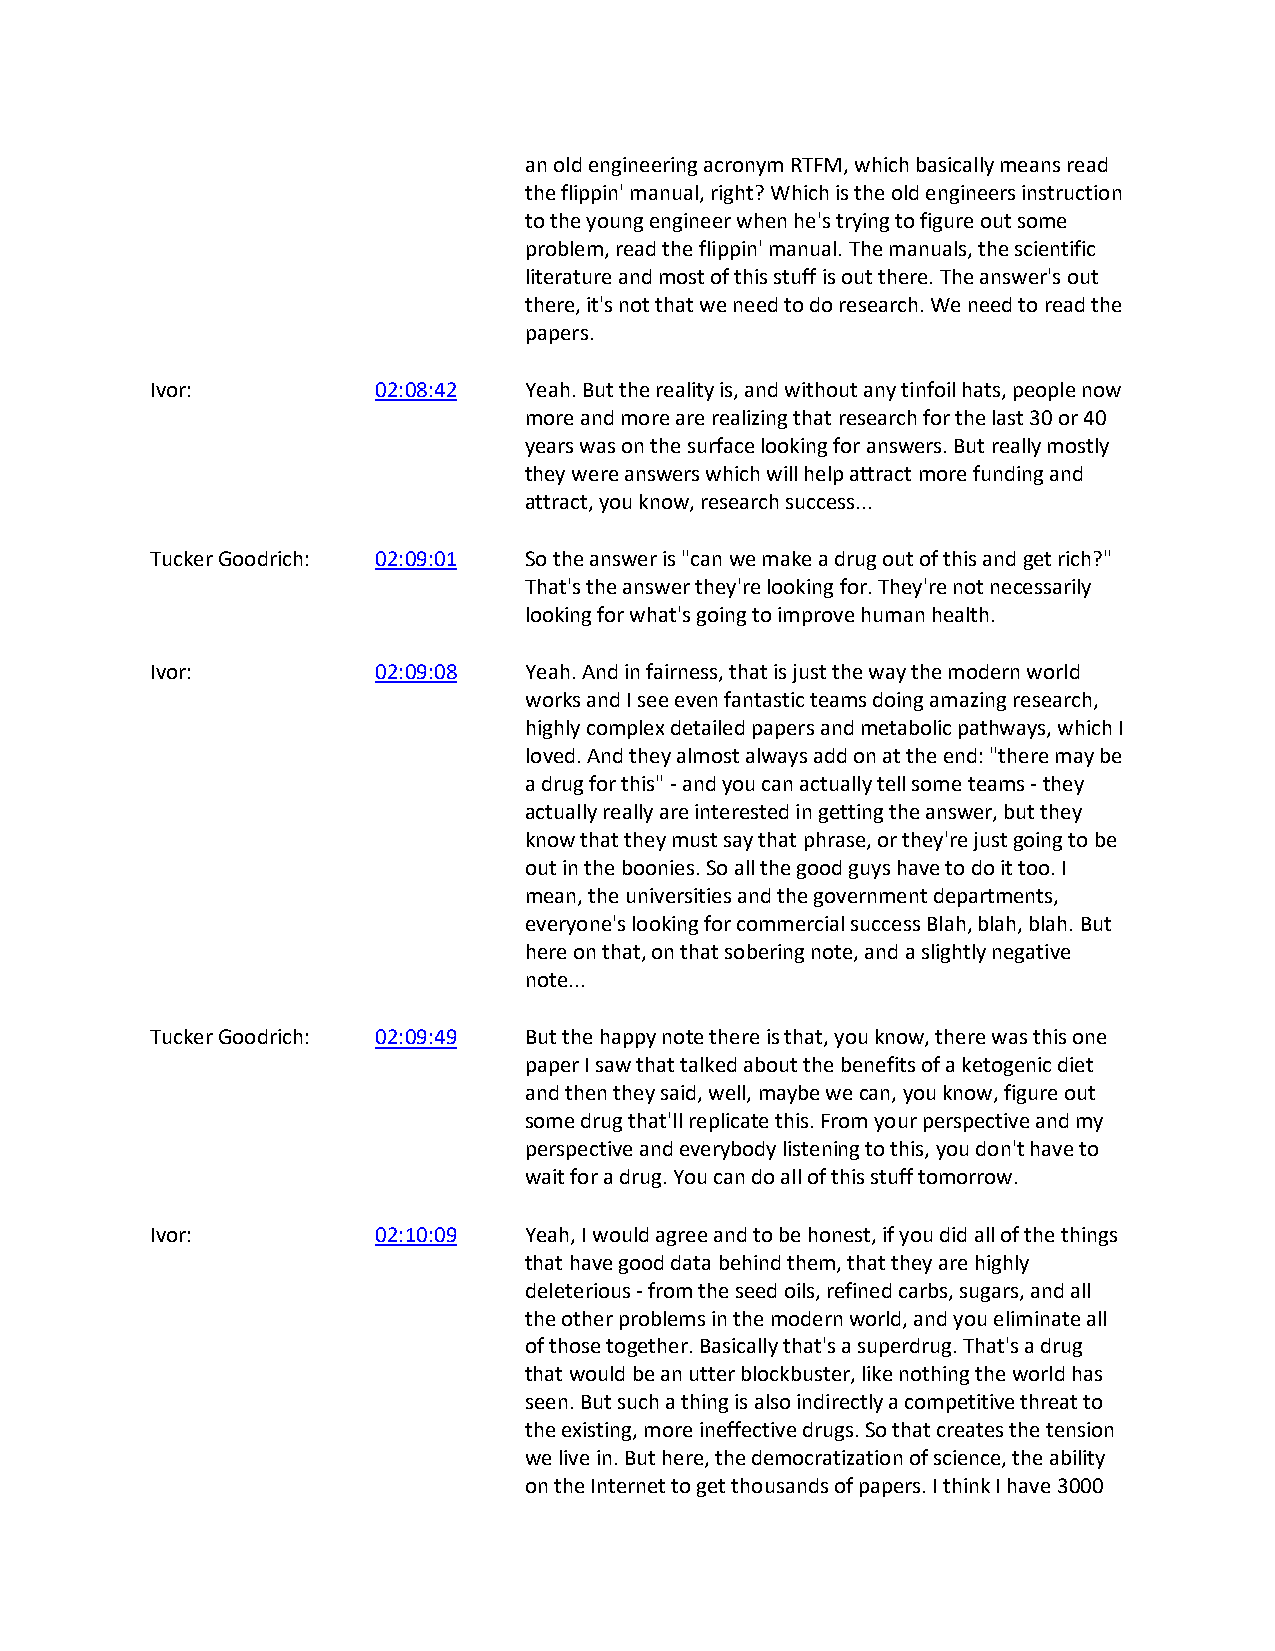
an old engineering acronym RTFM, which basically means read
 the flippin' manual, right? Which is the old engineers instruction
 to the young engineer when he's trying to figure out some
 problem, read the flippin' manual. The manuals, the scientific
 literature and most of this stuff is out there. The answer's out
 there, it's not that we need to do research. We need to read the
 papers.
 Ivor:          02:08:42  Yeah. But the reality is, and without any tinfoil hats, people now
 more and more are realizing that research for the last 30 or 40
 years was on the surface looking for answers. But really mostly
 they were answers which will help attract more funding and
 attract, you know, research success...
 Tucker Goodrich: 02:09:01 So the answer is "can we make a drug out of this and get rich?"
 That's the answer they're looking for. They're not necessarily
 looking for what's going to improve human health.
 Ivor:          02:09:08  Yeah. And in fairness, that is just the way the modern world
 works and I see even fantastic teams doing amazing research,
 highly complex detailed papers and metabolic pathways, which I
 loved. And they almost always add on at the end: "there may be
 a drug for this" - and you can actually tell some teams - they
 actually really are interested in getting the answer, but they
 know that they must say that phrase, or they're just going to be
 out in the boonies. So all the good guys have to do it too. I
 mean, the universities and the government departments,
 everyone's looking for commercial success Blah, blah, blah. But
 here on that, on that sobering note, and a slightly negative
 note...
 Tucker Goodrich: 02:09:49 But the happy note there is that, you know, there was this one
 paper I saw that talked about the benefits of a ketogenic diet
 and then they said, well, maybe we can, you know, figure out
 some drug that'll replicate this. From your perspective and my
 perspective and everybody listening to this, you don't have to
 wait for a drug. You can do all of this stuff tomorrow.
 Ivor:          02:10:09  Yeah, I would agree and to be honest, if you did all of the things
 that have good data behind them, that they are highly
 deleterious - from the seed oils, refined carbs, sugars, and all
 the other problems in the modern world, and you eliminate all
 of those together. Basically that's a superdrug. That's a drug
 that would be an utter blockbuster, like nothing the world has
 seen. But such a thing is also indirectly a competitive threat to
 the existing, more ineffective drugs. So that creates the tension
 we live in. But here, the democratization of science, the ability
 on the Internet to get thousands of papers. I think I have 3000